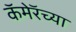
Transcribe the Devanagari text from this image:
कॅमेरॅच्या